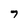
Character: 7